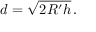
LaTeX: d = { \sqrt { 2 R ^ { \prime } h } } \, .